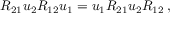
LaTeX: R _ { 2 1 } u _ { 2 } R _ { 1 2 } u _ { 1 } = u _ { 1 } R _ { 2 1 } u _ { 2 } R _ { 1 2 } \, ,